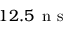
1 2 . 5 \, \mathrm { ~ n ~ s ~ }